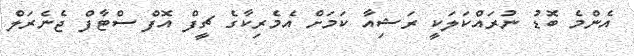
އެންމެ ބޮޑު ނުރައްކަލަކީ ރަޝިއާ ކަމަށް އެމެރިކާގެ ޗީފް އޮފް ސްޓާފް ޖެނެރަލް